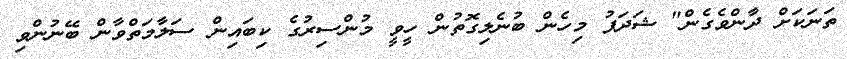
ތަނަކަށް ދާންވެގެން" ޝަދަފު މިހެން ބުނެލިގޮތުން ހީވީ މުންސިރުގެ ކިބައިން ސަލާމަތްވާން ބޭނުންވި